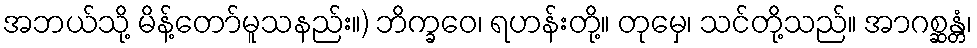
အဘယ်သို့ မိန့်တော်မူသနည်း။) ဘိက္ခဝေ၊ ရဟန်းတို့။ တုမှေ၊ သင်တို့သည်။ အာဂစ္ဆန္တံ၊